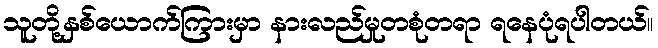
သူတို့နှစ်ယောက်ကြားမှာ နားလည်မှုတစုံတရာ ရနေပုံရပါတယ်။